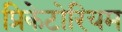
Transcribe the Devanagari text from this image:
प्रिकेटोरियम